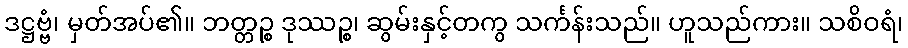
ဒဋ္ဌဗ္ဗံ၊ မှတ်အပ်၏။ ဘတ္တဉ္စ ဒုဿဉ္စ၊ ဆွမ်းနှင့်တကွ သင်္ကန်းသည်။ ဟူသည်ကား။ သစိဝရံ၊